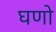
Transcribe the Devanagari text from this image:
घणो